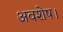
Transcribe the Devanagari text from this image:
अवशेष।